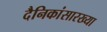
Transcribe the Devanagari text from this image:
दैनिकांसारख्या